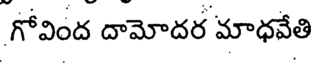
గోవింద దామోదర మాధవేతి